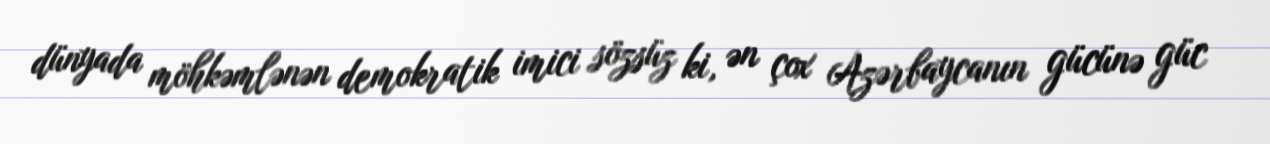
dünyada möhkəmlənən demokratik imici sözsüz ki, ən çox Azərbaycanın gücünə güc